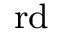
^ \mathrm { r d }